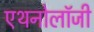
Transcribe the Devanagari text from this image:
एथनोलॉजी